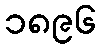
၁၈၉၆